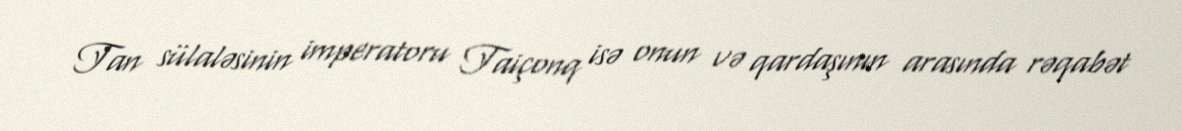
Tan sülaləsinin imperatoru Taiçonq isə onun və qardaşının arasında rəqabət